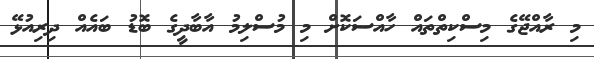
މި ރާއްޖޭގެ މިސްކިތްތައް ހާއްސަކޮށް މި މުސްލިމު އާބާދީގެ ބޮޑު ބައެއް ދިރިއުޅޭ